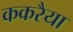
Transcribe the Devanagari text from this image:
ककरैया